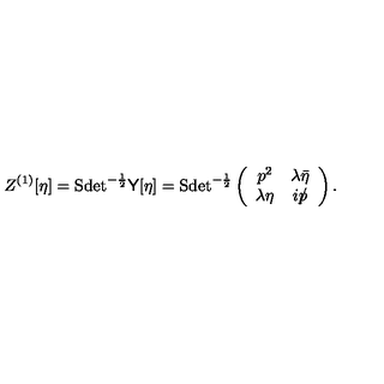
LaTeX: Z ^ { ( 1 ) } [ \eta ] = \mathrm { S d e t } ^ { - \frac 1 2 } { \sf Y } [ \eta ] = \mathrm { S d e t } ^ { - \frac 1 2 } \left( \begin{array} { c c } { p ^ { 2 } } & { \lambda \bar { \eta } } \\ { \lambda \eta } & { i p \llap / } \\ \end{array} \right) .